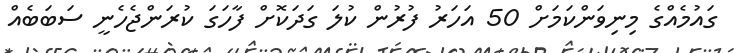
ގައުމެއްގެ މިނިވަންކަމަށް 50 އަހަރު ފުރުން ކުލަ ގަދަކޮށް ފާހަގަ ކުރަންޖެހެނީ ސަބަބެއް